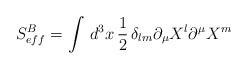
\begin{align*}S_{eff}^{B}= \int\, d^{3}x \, \frac{1}{2}\, \delta_{lm} \partial_{\mu} X^{l}\partial^{\mu} X^{m} \end{align*}